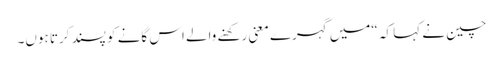
چین نے کہا کہ “میں گہرے معنی رکھنے والے اس گانے کو پسند کرتا ہوں۔